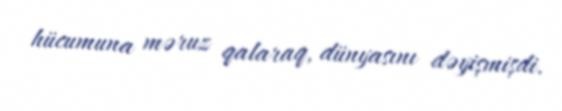
hücumuna məruz qalaraq, dünyasını dəyişmişdi.